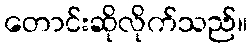
တောင်းဆိုလိုက်သည်။